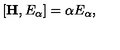
[ { \bf H } , E _ { \mathrm { \boldmath \alpha } } ] = { \mathrm { \boldmath \alpha } } E _ { \mathrm { \boldmath \alpha } } ,